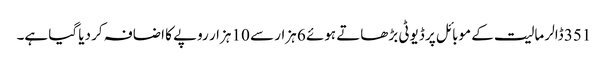
351 ڈالر مالیت کے موبائل پر ڈیوٹی بڑھاتے ہوئے 6 ہزار سے 10 ہزار روپے کا اضافہ کر دیا گیا ہے۔